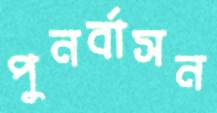
পুনর্বাসন